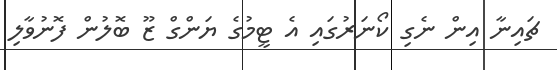
ޗައިނާ އިން ނެގި ކޯނަރުގައި އެ ޓީމުގެ ޔަންގް ޒޫ ބޮލުން ފޮނުވާލި